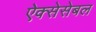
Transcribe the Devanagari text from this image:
ऐक्सेसेबल